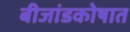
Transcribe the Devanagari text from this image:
बीजांडकोषात